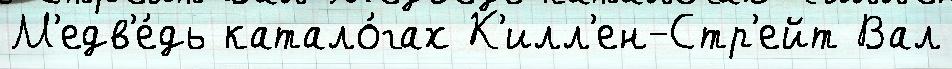
М'едв'е́дь катало́гах К'илл'ен-Стр'ейт Вал